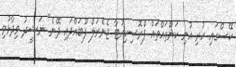
ކޭސްގައި ހުރި އުނި ކަންތައްތައް ޕްރޮސިކިއުޓާ ޖެނެރަލް ފޫބައްދައި ދޭނެ" ނަޝީދު ވިދާޅުވި